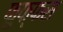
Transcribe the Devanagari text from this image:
फुफ्फस